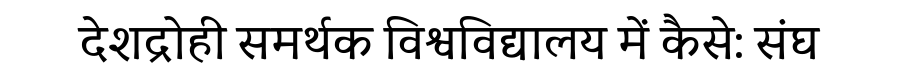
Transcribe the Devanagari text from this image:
देशद्रोही समर्थक विश्वविद्यालय में कैसे: संघ